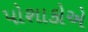
પોશાકોએ